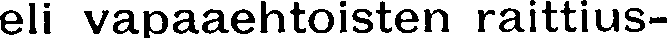
eli vapaaehtoisten raittius-